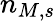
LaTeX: n_{M,s}